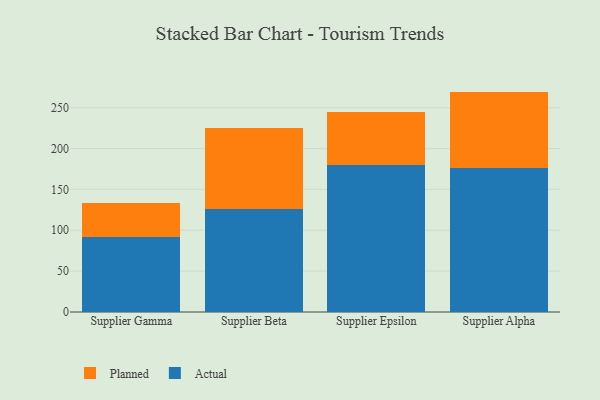
{"axis": {"x": "Supplier", "y": "LTV (USD)"}, "legend": ["Actual", "Planned"], "data": [{"x": "Supplier Gamma", "y": 92.0, "type": "Actual"}, {"x": "Supplier Gamma", "y": 41.5, "type": "Planned"}, {"x": "Supplier Beta", "y": 126.0, "type": "Actual"}, {"x": "Supplier Beta", "y": 99.5, "type": "Planned"}, {"x": "Supplier Epsilon", "y": 179.5, "type": "Actual"}, {"x": "Supplier Epsilon", "y": 65.1, "type": "Planned"}, {"x": "Supplier Alpha", "y": 176.3, "type": "Actual"}, {"x": "Supplier Alpha", "y": 93.4, "type": "Planned"}]}